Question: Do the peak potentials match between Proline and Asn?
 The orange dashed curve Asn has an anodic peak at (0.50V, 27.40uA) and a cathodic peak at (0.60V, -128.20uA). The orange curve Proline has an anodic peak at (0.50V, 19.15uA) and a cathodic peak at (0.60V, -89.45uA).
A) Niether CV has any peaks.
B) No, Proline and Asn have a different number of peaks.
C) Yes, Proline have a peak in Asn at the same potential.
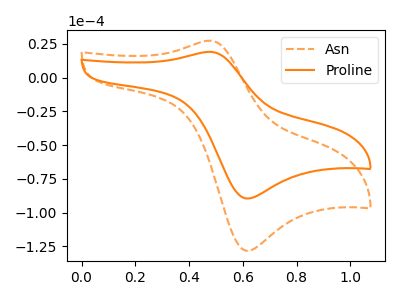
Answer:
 <answer>C) Yes, "Proline" have a peak in "Asn" at the same potential.</answer>
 <eval>C</eval>